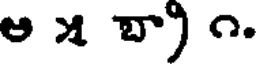
ఆ ౫ బా) ౧.